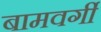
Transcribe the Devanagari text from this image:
बामवर्गी